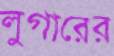
লুগারের